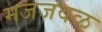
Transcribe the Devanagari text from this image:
मजजवळ